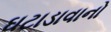
ઘટાડાવાનો